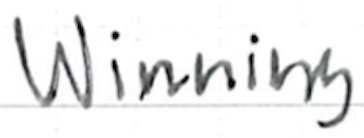
Text: winning
Cross-out: clean
Writing tool: ballpoint